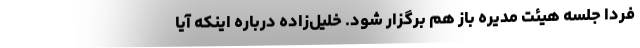
فردا جلسه هیئت مدیره باز هم برگزار شود. خلیل‌زاده درباره اینکه آیا